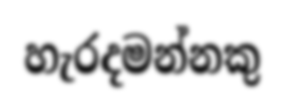
හැරදමන්නකු